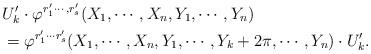
LaTeX: \begin{align*}&U_k'\cdot \varphi ^{r_1'\cdots, r_s'}(X_1,\cdots, X_n, Y_1,\cdots, Y_n) \\&= \varphi ^{r_1'\cdots r_s'} (X_1,\cdots, X_n, Y_1,\cdots, Y_k+2\pi ,\cdots, Y_n) \cdot U_k'. \end{align*}